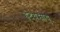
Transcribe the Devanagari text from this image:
हृदयस्नायू